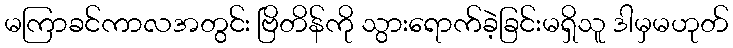
မကြာခင်ကာလအတွင်း ဗြိတိန်ကို သွားရောက်ခဲ့ခြင်းမရှိသူ ဒါမှမဟုတ်